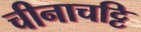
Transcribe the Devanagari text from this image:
चीनाचट्टि